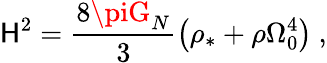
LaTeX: \mathsf{H}^{2}=\frac{{8\piG_{N}}}{{3}}\left(\rho_{*}+\rho\Omega_{0}^{4}\right)\mathrm{{~,}}